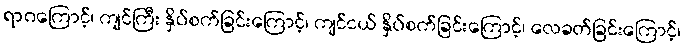
ရာဂကြောင့်၊ ကျင်ကြီး နှိပ်စက်ခြင်းကြောင့်၊ ကျင်ငယ် နှိပ်စက်ခြင်းကြောင့်၊ လေခတ်ခြင်းကြောင့်၊